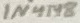
Text: 1N4148